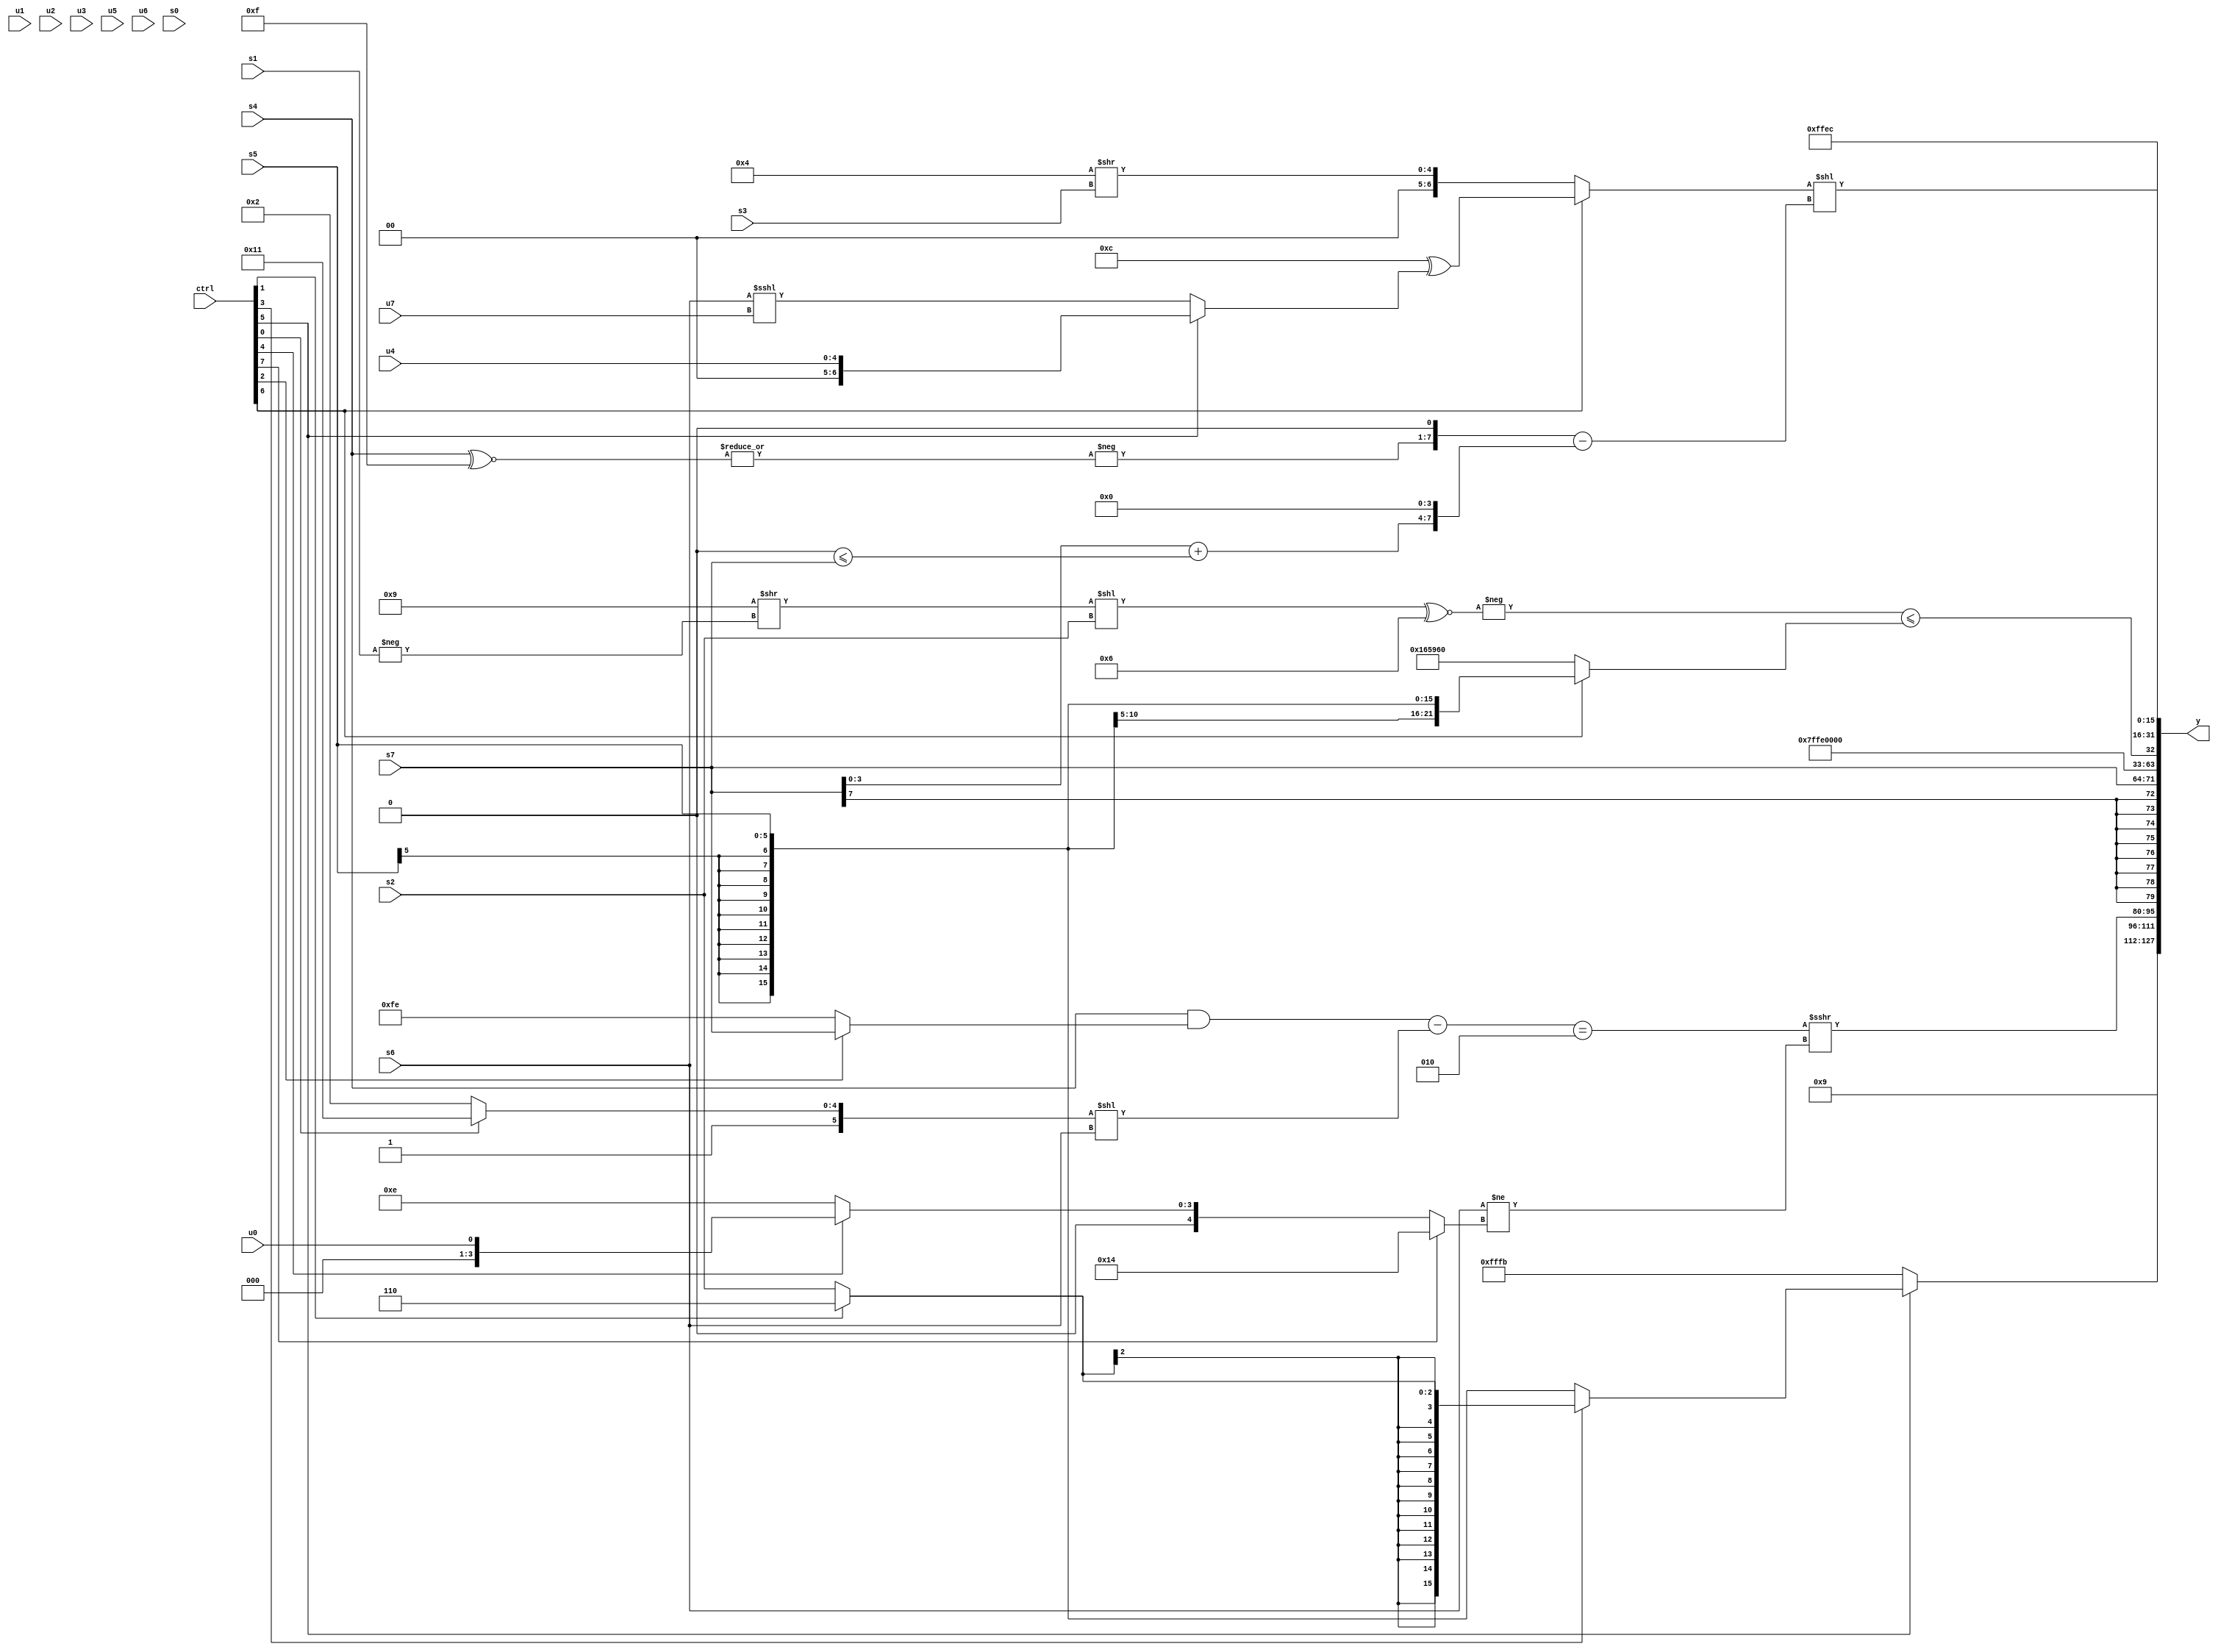
module wideexpr_00952(ctrl, u0, u1, u2, u3, u4, u5, u6, u7, s0, s1, s2, s3, s4, s5, s6, s7, y);
  input [7:0] ctrl;
  input [0:0] u0;
  input [1:0] u1;
  input [2:0] u2;
  input [3:0] u3;
  input [4:0] u4;
  input [5:0] u5;
  input [6:0] u6;
  input [7:0] u7;
  input signed [0:0] s0;
  input signed [1:0] s1;
  input signed [2:0] s2;
  input signed [3:0] s3;
  input signed [4:0] s4;
  input signed [5:0] s5;
  input signed [6:0] s6;
  input signed [7:0] s7;
  output [127:0] y;
  wire [15:0] y0;
  wire [15:0] y1;
  wire [15:0] y2;
  wire [15:0] y3;
  wire [15:0] y4;
  wire [15:0] y5;
  wire [15:0] y6;
  wire [15:0] y7;
  assign y = {y0,y1,y2,y3,y4,y5,y6,y7};
  assign y0 = (ctrl[5]?(ctrl[3]?(ctrl[1]?2'sb10:s2):$signed(s5)):4'sb1011);
  assign y1 = 6'sb001001;
  assign y2 = ($signed((($signed((s4)&($signed((ctrl[2]?s7:2'sb10)))))-(+(((ctrl[0]?-(6'sb001111):(ctrl[0]?6'sb111101:6'sb100010)))<<({+(s6)}))))==(+(5'sb00010))))>>>((s6)!=((ctrl[7]?$unsigned(5'sb10100):(ctrl[4]?(ctrl[4]?u0:((4'b1100)<<(+(5'sb10101)))>>((s2)^~(-(3'b000)))):+(4'sb1110)))));
  assign y3 = s7;
  assign y4 = 4'sb1100;
  assign y5 = $unsigned((-((((-(5'sb10111))>>(-(s1)))<<(s2))^~(4'sb0110)))<=((ctrl[6]?s5:$signed({{3{+(6'sb010110)}},(4'b0100)<<(4'b0011)}))));
  assign y6 = (+({1{(ctrl[6]?($signed(4'sb1100))^((ctrl[5]?+(u4):(s6)<<<(u7))):$signed($signed((5'sb00100)>>(s3))))}}))<<(((-(|((s4)^~(5'sb01111))))<<<(2'sb01))-(($signed($unsigned((s7)+((1'b0)<=(s7)))))<<(5'sb00100)));
  assign y7 = 6'sb101100;
endmodule